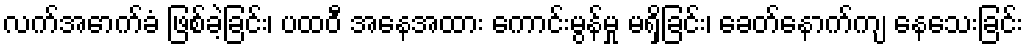
လက်အောက်ခံ ဖြစ်ခဲ့ခြင်း၊ ပထဝီ အနေအထား ကောင်းမွန်မှု မရှိခြင်း၊ ခေတ်နောက်ကျ နေသေးခြင်း